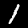
Label: 1